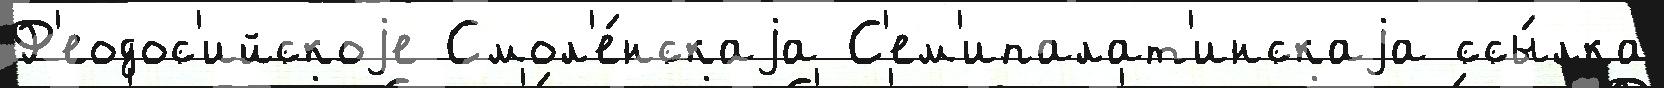
Ф'еодос'ийскоjе Смол'е́нскаjа С'ем'ипалат'инскаjа ссы́лка